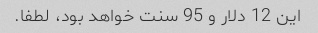
این 12 دلار و 95 سنت خواهد بود، لطفا.